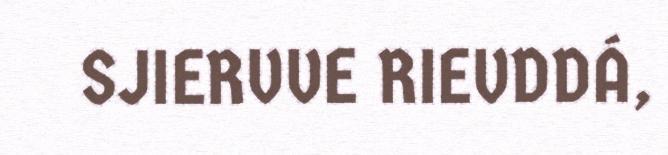
SJIERVVE RIEVDDÁ,